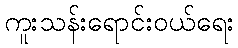
ကူးသန်းရောင်းဝယ်ရေး